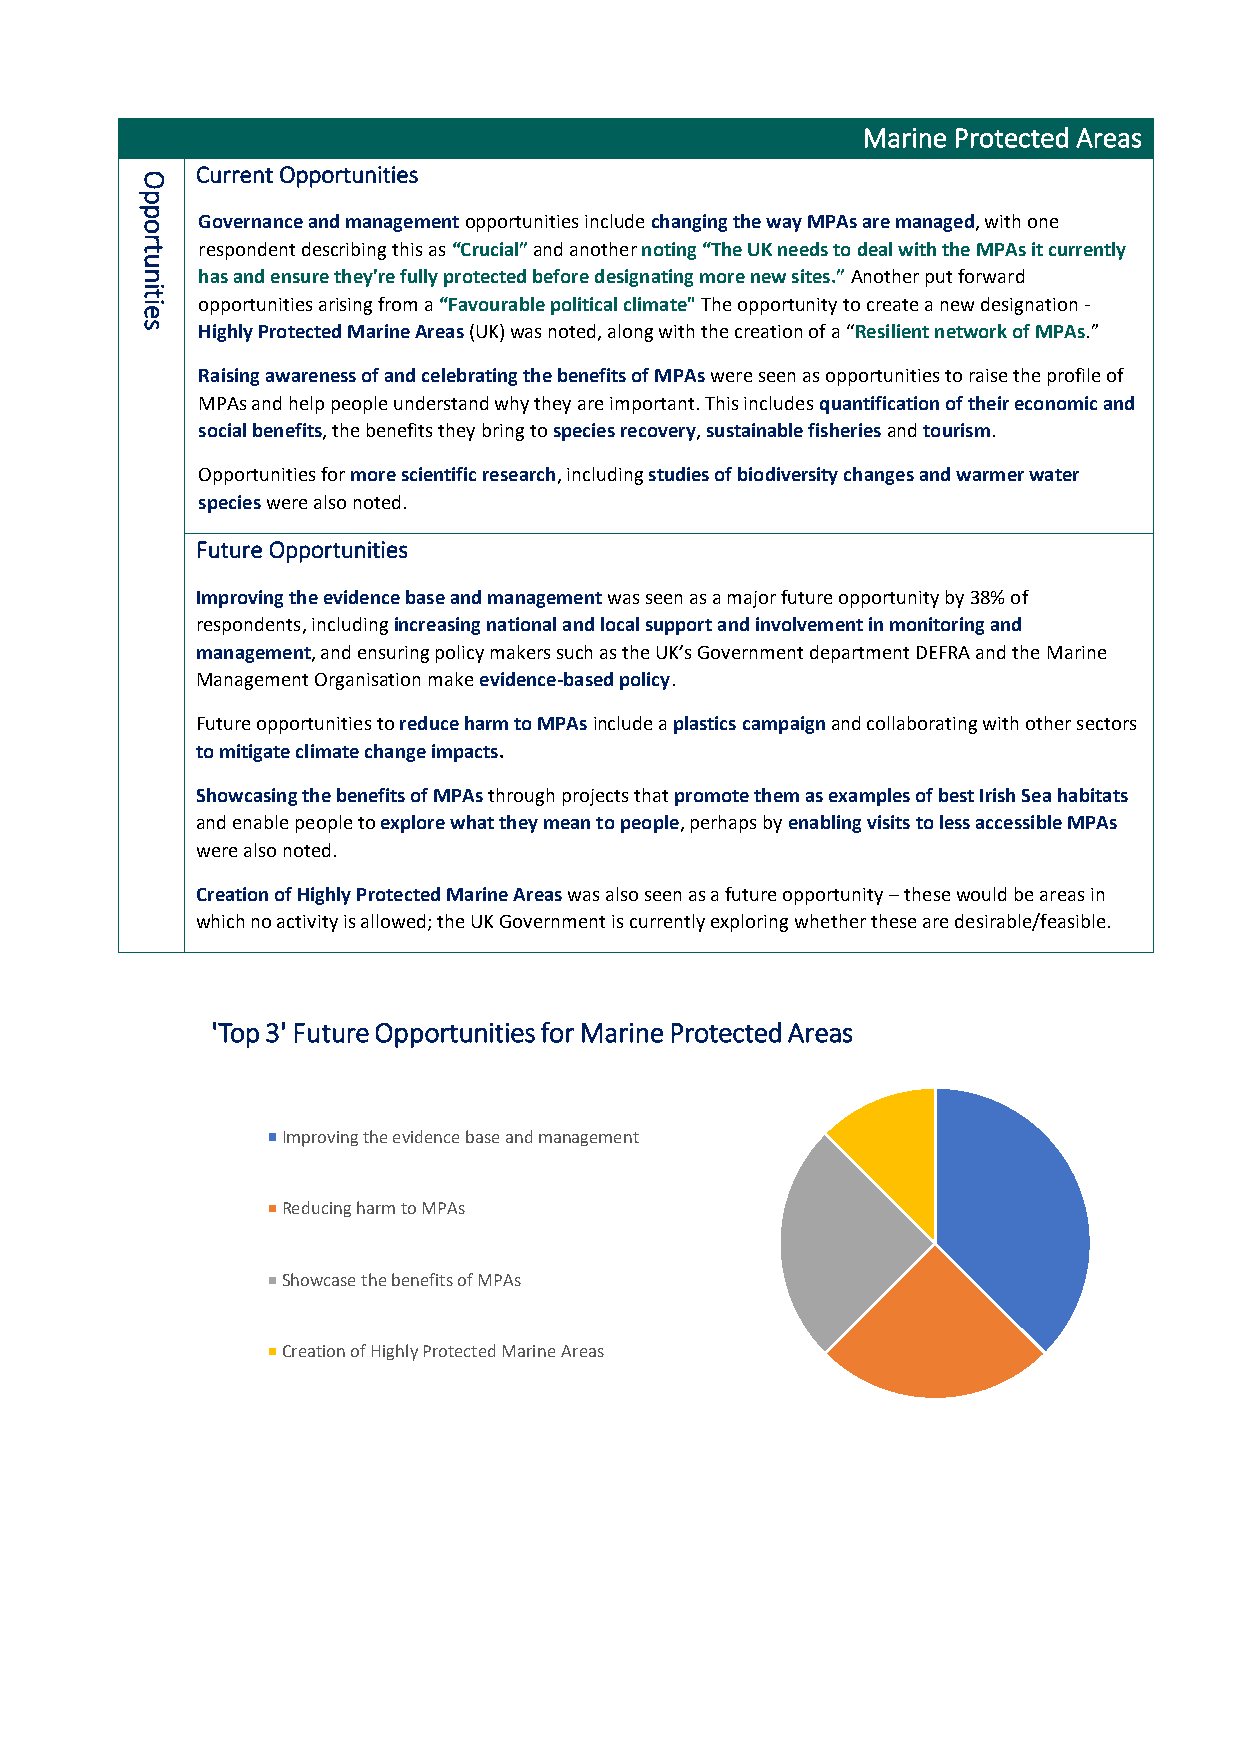
Marine Protected Areas
 O
 Current Opportunities
 p
 p
 o   Governance and management opportunities include changing the way MPAs are managed, with one
 r
 t   respondent describing this as “Crucial” and another noting “The UK needs to deal with the MPAs it currently
 u
 n   has and ensure they're fully protected before designating more new sites.” Another put forward
 it
 ie  opportunities arising from a “Favourable political climate" The opportunity to create a new designation -
 s   Highly Protected Marine Areas (UK) was noted, along with the creation of a “Resilient network of MPAs.”
 Raising awareness of and celebrating the benefits of MPAs were seen as opportunities to raise the profile of
 MPAs and help people understand why they are important. This includes quantification of their economic and
 social benefits, the benefits they bring to species recovery, sustainable fisheries and tourism.
 Opportunities for more scientific research, including studies of biodiversity changes and warmer water
 species were also noted.
 Future Opportunities
 Improving the evidence base and management was seen as a major future opportunity by 38% of
 respondents, including increasing national and local support and involvement in monitoring and
 management, and ensuring policy makers such as the UK’s Government department DEFRA and the Marine
 Management Organisation make evidence-based policy.
 Future opportunities to reduce harm to MPAs include a plastics campaign and collaborating with other sectors
 to mitigate climate change impacts.
 Showcasing the benefits of MPAs through projects that promote them as examples of best Irish Sea habitats
 and enable people to explore what they mean to people, perhaps by enabling visits to less accessible MPAs
 were also noted.
 Creation of Highly Protected Marine Areas was also seen as a future opportunity – these would be areas in
 which no activity is allowed; the UK Government is currently exploring whether these are desirable/feasible.
 'Top 3' Future Opportunities for Marine Protected Areas
 Improving the evidence base and management
 Reducing harm to MPAs
 Showcase the benefits of MPAs
 Creation of Highly Protected Marine Areas